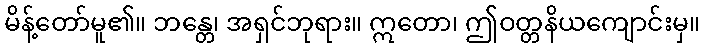
မိန့်တော်မူ၏။ ဘန္တေ၊ အရှင်ဘုရား။ ဣတော၊ ဤဝတ္တနိယကျောင်းမှ။